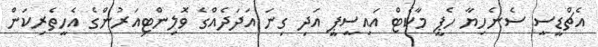
އެޗްޑީސީ ސެނެހިޔާ ހެޕީ މާކެޓް އައިސީޕީ އަދި ގިނަ އަދަދެއްގެ ވޮލިންޓިއަރުންގެ އެހީތެރިކަން